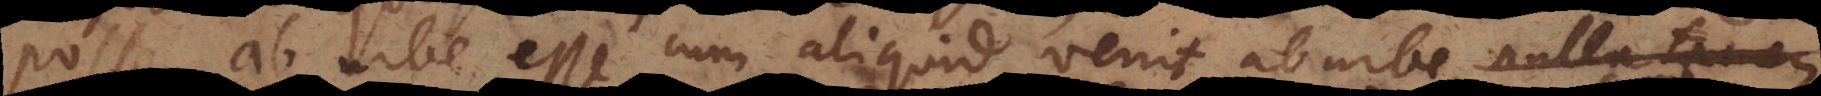
posse, ab urbe esse cum aliquid venit ab urbe